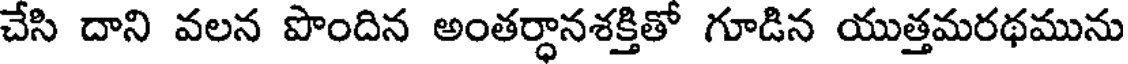
చేసి దాని వలన పొందిన అంతర్ధానశక్తితో గూడిన యుత్తమరథమును